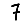
Digit: 7